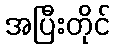
အပြီးတိုင်